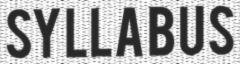
SYLLABUS